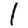
Digit: 1